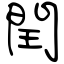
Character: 閏